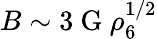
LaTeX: B\sim 3\ \mathrm{G}\ \rho_{6}^{1/2}